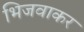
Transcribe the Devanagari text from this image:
भिजवाकर